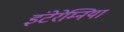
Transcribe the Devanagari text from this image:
इंटेरेम्निया